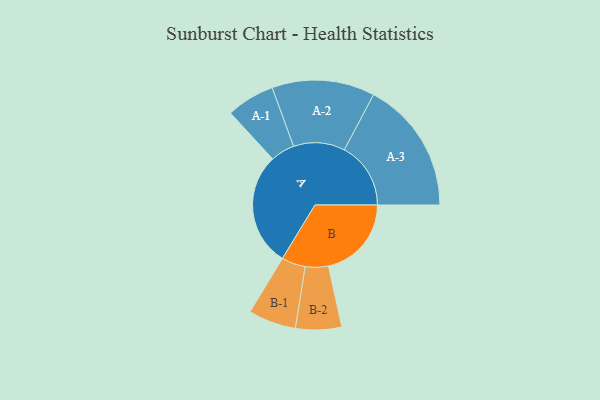
{"axis": {"x": "Segment", "y": "Value"}, "legend": ["", "A", "B"], "data": [{"x": "A", "y": 499, "type": ""}, {"x": "B", "y": 365, "type": ""}, {"x": "A-1", "y": 106, "type": "A"}, {"x": "A-2", "y": 226, "type": "A"}, {"x": "A-3", "y": 292, "type": "A"}, {"x": "B-1", "y": 105, "type": "B"}, {"x": "B-2", "y": 101, "type": "B"}]}